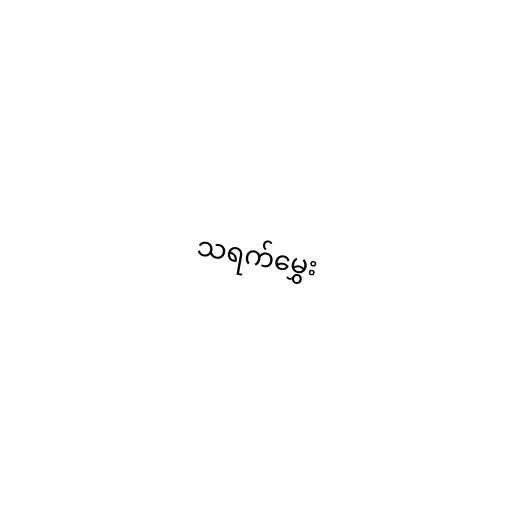
သရက်မွှေး